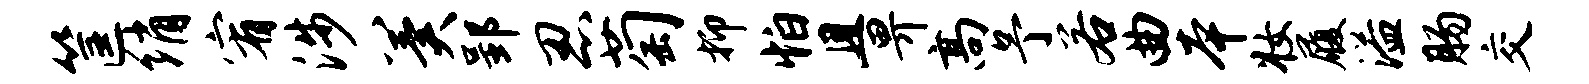
筐绡宥涉冀郢忍萄抑怕且畀高予若曲本妆履溢肠交